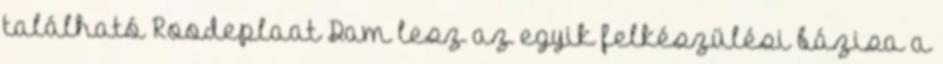
található Roodeplaat Dam lesz az egyik felkészülési bázisa a